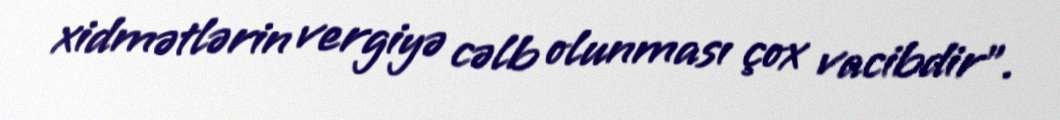
xidmətlərin vergiyə cəlb olunması çox vacibdir”.